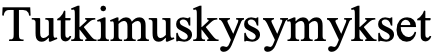
Tutkimuskysymykset